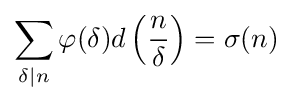
\sum _{\delta \mid n}\varphi (\delta )d\left({\frac {n}{\delta }}\right)=\sigma (n)